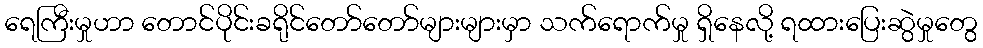
ရေကြီးမှုဟာ တောင်ပိုင်းခရိုင်တော်တော်များများမှာ သက်ရောက်မှု ရှိနေလို့ ရထားပြေးဆွဲမှုတွေ